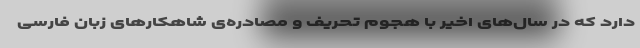
دارد که در سال‌های اخیر با هجوم تحریف و مصادره‌ی شاهکارهای زبان فارسی